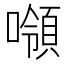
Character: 𰈼